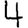
Digit: 4